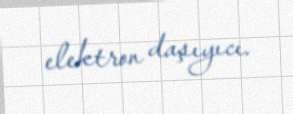
elektron daşıyıcı.